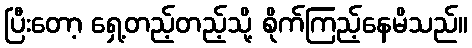
ပြီးတော့ ရှေ့တည့်တည့်သို့ စိုက်ကြည့်နေမိသည်။